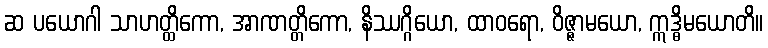
ဆ ပယောဂါ သာဟတ္ထိကော, အာဏတ္တိကော, နိဿဂ္ဂိယော, ထာဝရော, ဝိဇ္ဇာမယော, ဣဒ္ဓိမယောတိ။